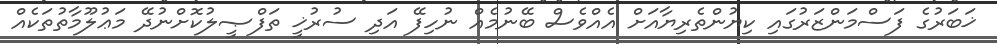
ޚަބަރުގެ ފަސްމަންޒަރުގައި ކިޔުންތެރިޔާއަށް އެއްވެސް ބޭނުމެއް ނުހިފޭ އަދި ސުރުޚީ ތަފްޞީލުކޮށްނުދޭ މަޢުލޫމާތުތަކެއް